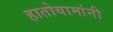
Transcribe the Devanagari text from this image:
हातोयामांनी